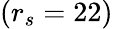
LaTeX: (r_{s}=22)